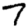
Digit: 7